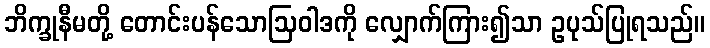
ဘိက္ခုနီမတို့ တောင်းပန်သောဩဝါဒကို လျှောက်ကြား၍သာ ဥပုသ်ပြုရသည်။